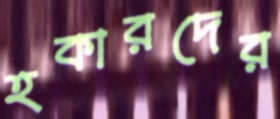
হকারদের